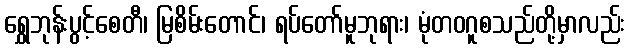
ရွှေဘုန်းပွင့်စေတီ၊ မြစိမ်းတောင်၊ ရပ်တော်မူဘုရား၊ မုံတဝဂူစသည်တို့မှာလည်း